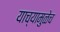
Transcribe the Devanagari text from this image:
याच्यामुळेच